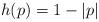
LaTeX: \begin{align*}h(p)=1-|p|\end{align*}